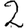
Digit: 2